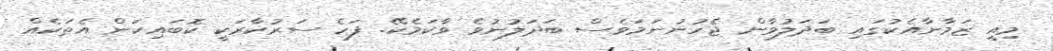
މިއީ ޒަމާނާއެކުގައި ބަދަލުވާން ޖެހުނުނަމަވެސް ބަދަލުނުވެ ވާކަމެކޭ. ފަހެ ސަރުކާރަކީ ކޮބައިކަން އެތަކެއް